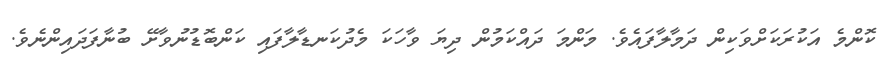
ކޮންމެ އަކުރަކަށްވަކިން ދަމާލާފައެވެ. މަންމަ ދައްކަމުން ދިޔަ ވާހަކަ މެދުކަނޑާލާފައި ކަންބޮޑުނުވާށޭ ބުނާފަދައިންނެވެ.